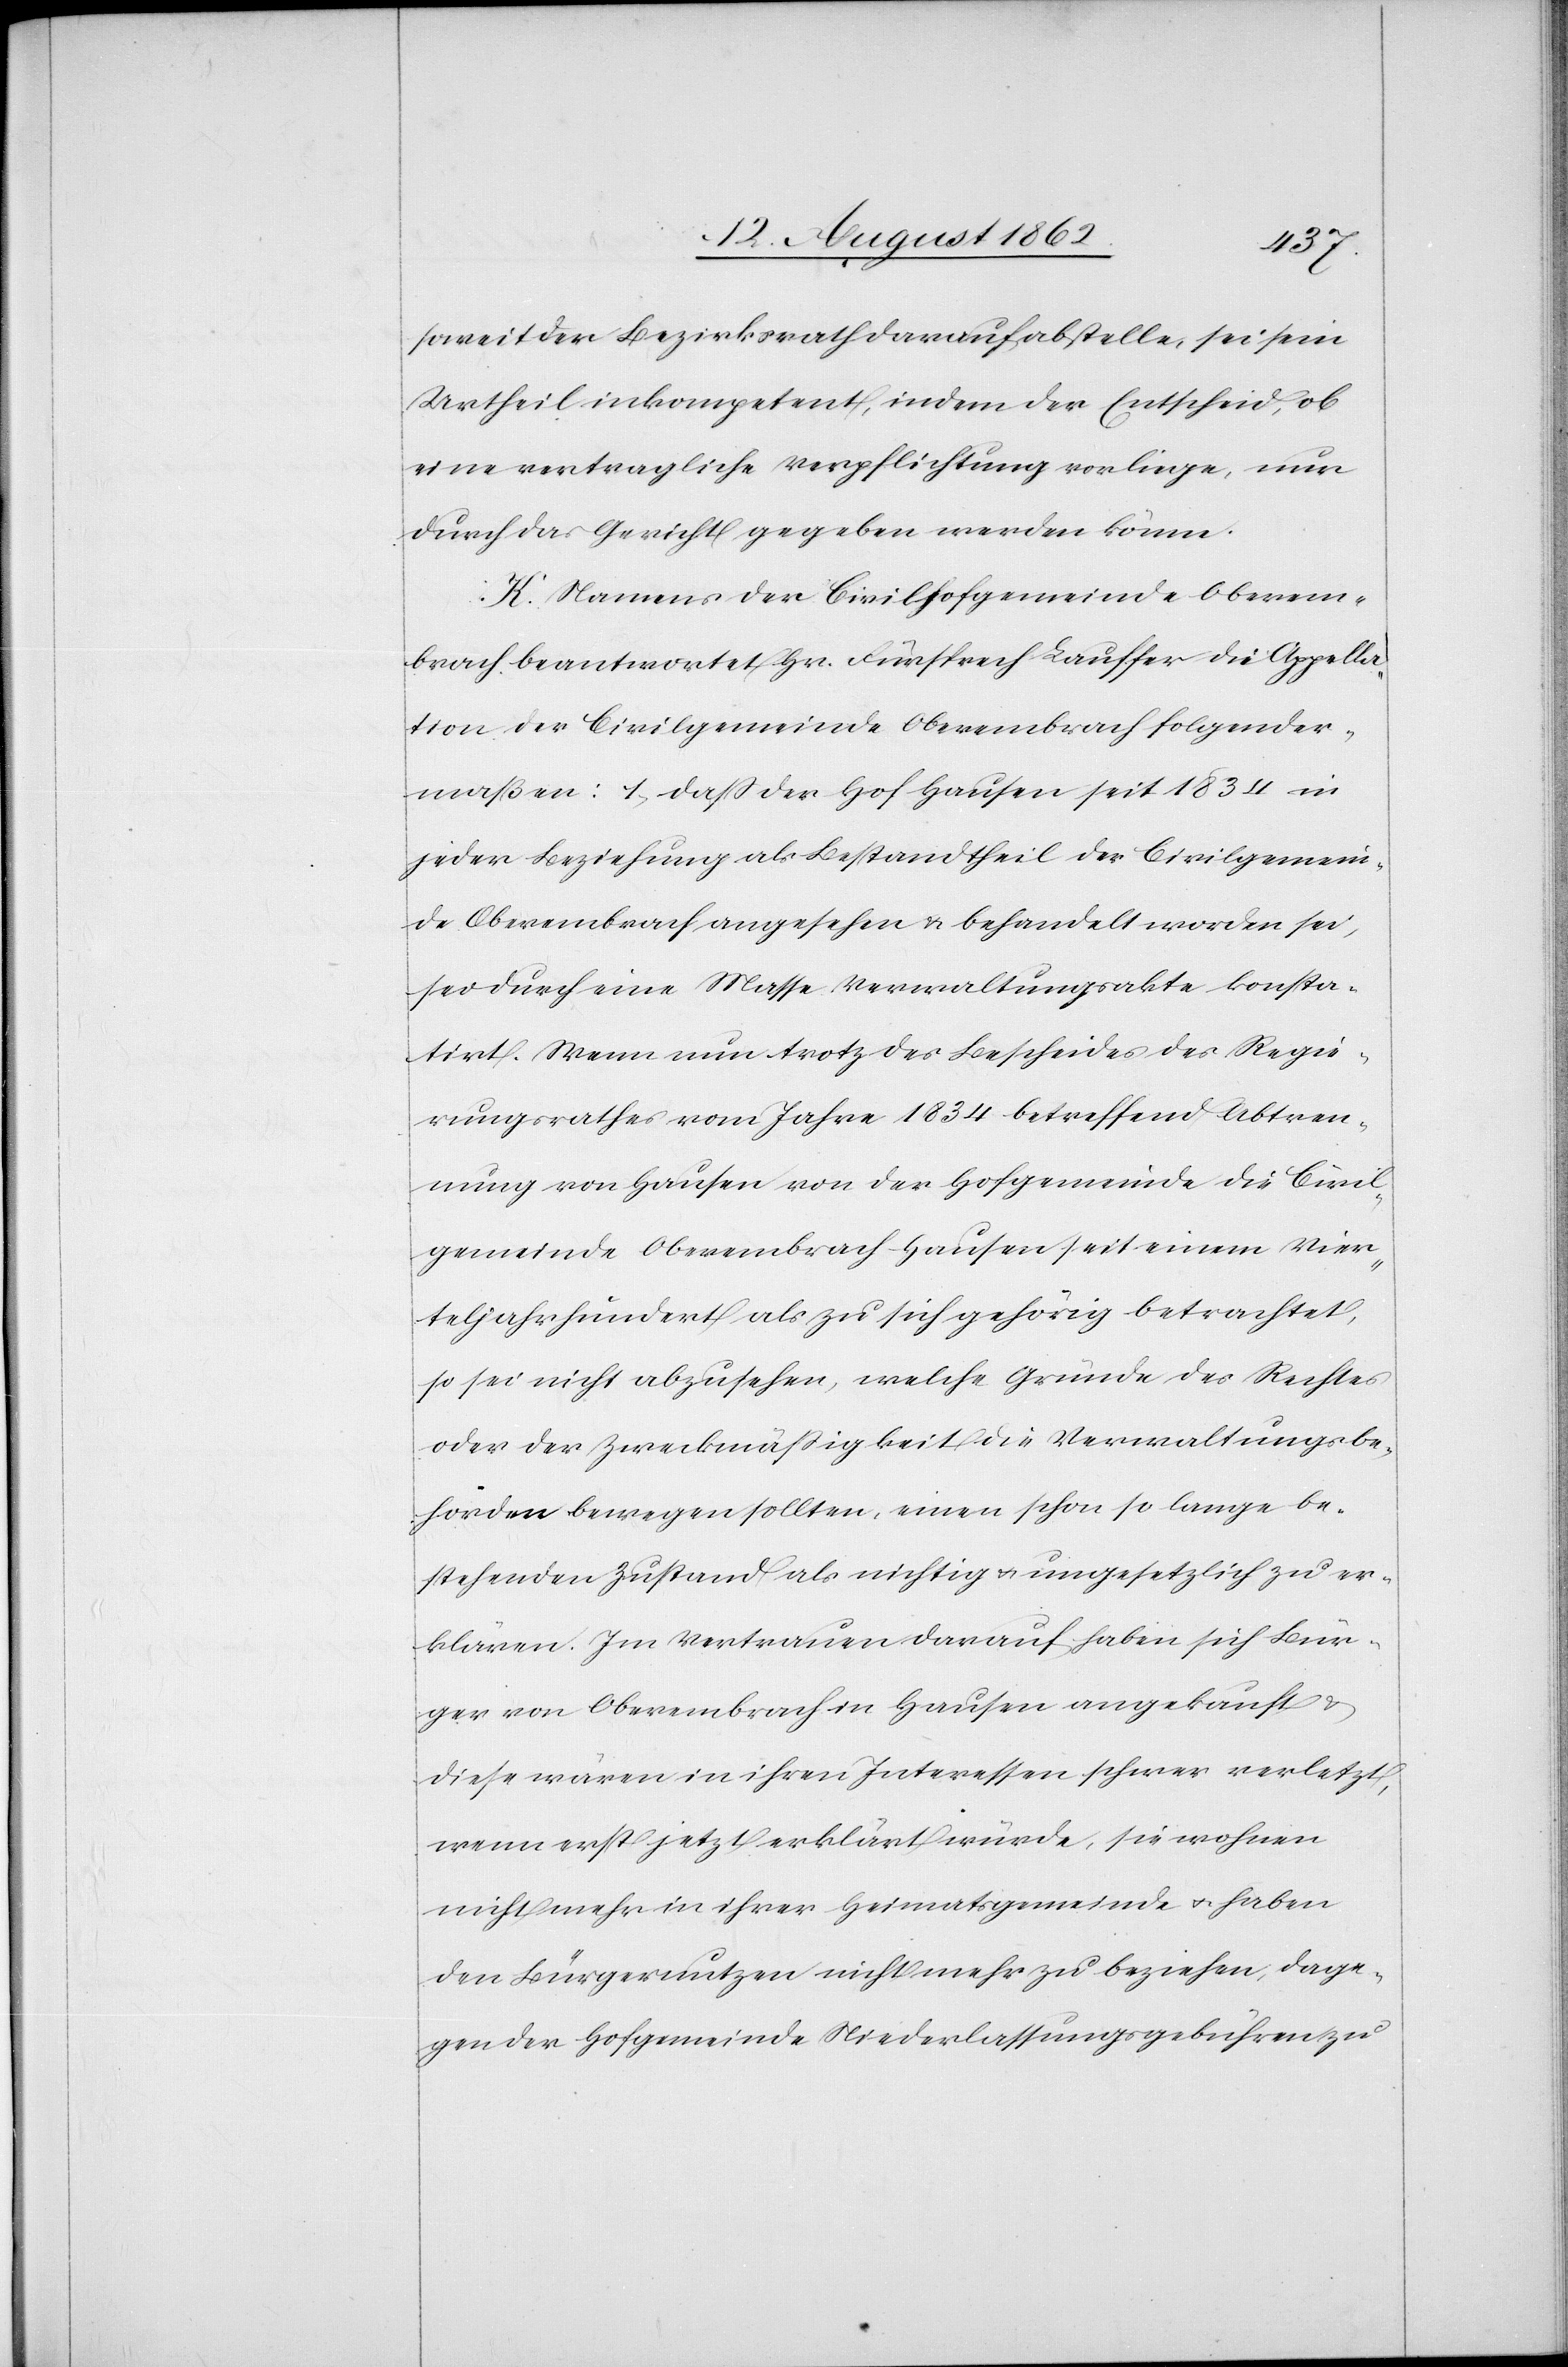
soweit der Bezirksrath darauf abstelle, sei ein
Urtheil inkompetent, indem der Entscheid, ob
eine vertragliche Verpflichtung vorliege, nur
durch das Gericht gegeben werden könne.
K. Namens der Civilhofgemeinde Oberem¬
brach beantwortet Hr. Fürsprech Lauffer die Appella¬
tion der Civilgemeinde Oberembrach folgender¬
maßen: 1) daß der Hof Hausen seit 1834 in
jeder Beziehung als Bestandtheil der Civilgemein¬
de Oberembrach angesehen u. behandelt worden sei,
sei durch eine Masse Verwaltungsakte[n] konsta¬
tirt. Wenn nun trotz des Bescheides des Regie¬
rungsrathes vom Jahre 1834 betreffend Abtren¬
nung von Hausen von der Hofgemeinde die Civil¬
gemeinde Oberembrach-Hausen seit einem Vier¬
teljahrhundert als zu sich gehörig betrachtet,
so sei nicht abzusehen, welche Gründe des Rechtes
oder der Zweckmäßigkeit die Verwaltungsbe¬
hörden bewegen sollten, einen schon so lange be¬
stehenden Zustand als nichtig u. ungesetzlich zu er¬
klären. Im Vertrauen darauf haben sich Bür¬
ger von Oberembrach in Hausen angekauft u.
diese wären in ihren Interessen schwer verletzt,
wenn erst jetzt erklärt würde, sie wohnen
nicht mehr in ihrer Heimatsgemeinde u. haben
den Bürgernutzen nicht mehr zu beziehen, dage¬
gen der Hofgemeinde Niederlassungsgebühren zu